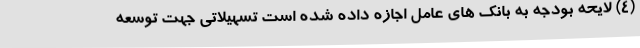
(4) لایحه بودجه به بانک های عامل اجازه داده شده است تسهیلاتی جهت توسعه